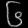
Digit: ၆